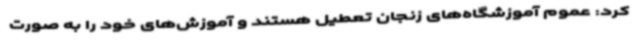
کرد: عموم آموزشگاه‌های زنجان تعطیل هستند و آموزش‌های خود را به صورت